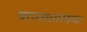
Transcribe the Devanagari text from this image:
याच्यासारख्या